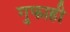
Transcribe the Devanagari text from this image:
गुफाही